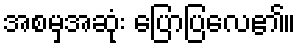
အစမှအဆုံး ပြောပြလေ၏။